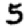
Digit: 5